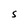
Character: S